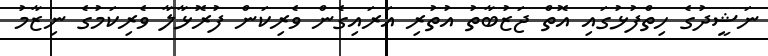
ނަޝީދުގެ ހިތްފުޅުގައި އޮތް ޖަޒުބާތު އުތުރި އަރައިގެން ވެރިކަން ފުރޮޅާލާ ވެރިކަމުގެ ނިޒާމު